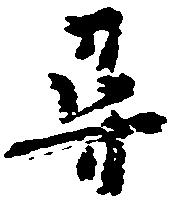
尋